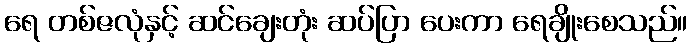
ရေ တစ်ဇလုံနှင့် ဆင်ချေးတုံး ဆပ်ပြာ ပေးကာ ရေချိုးစေသည်။